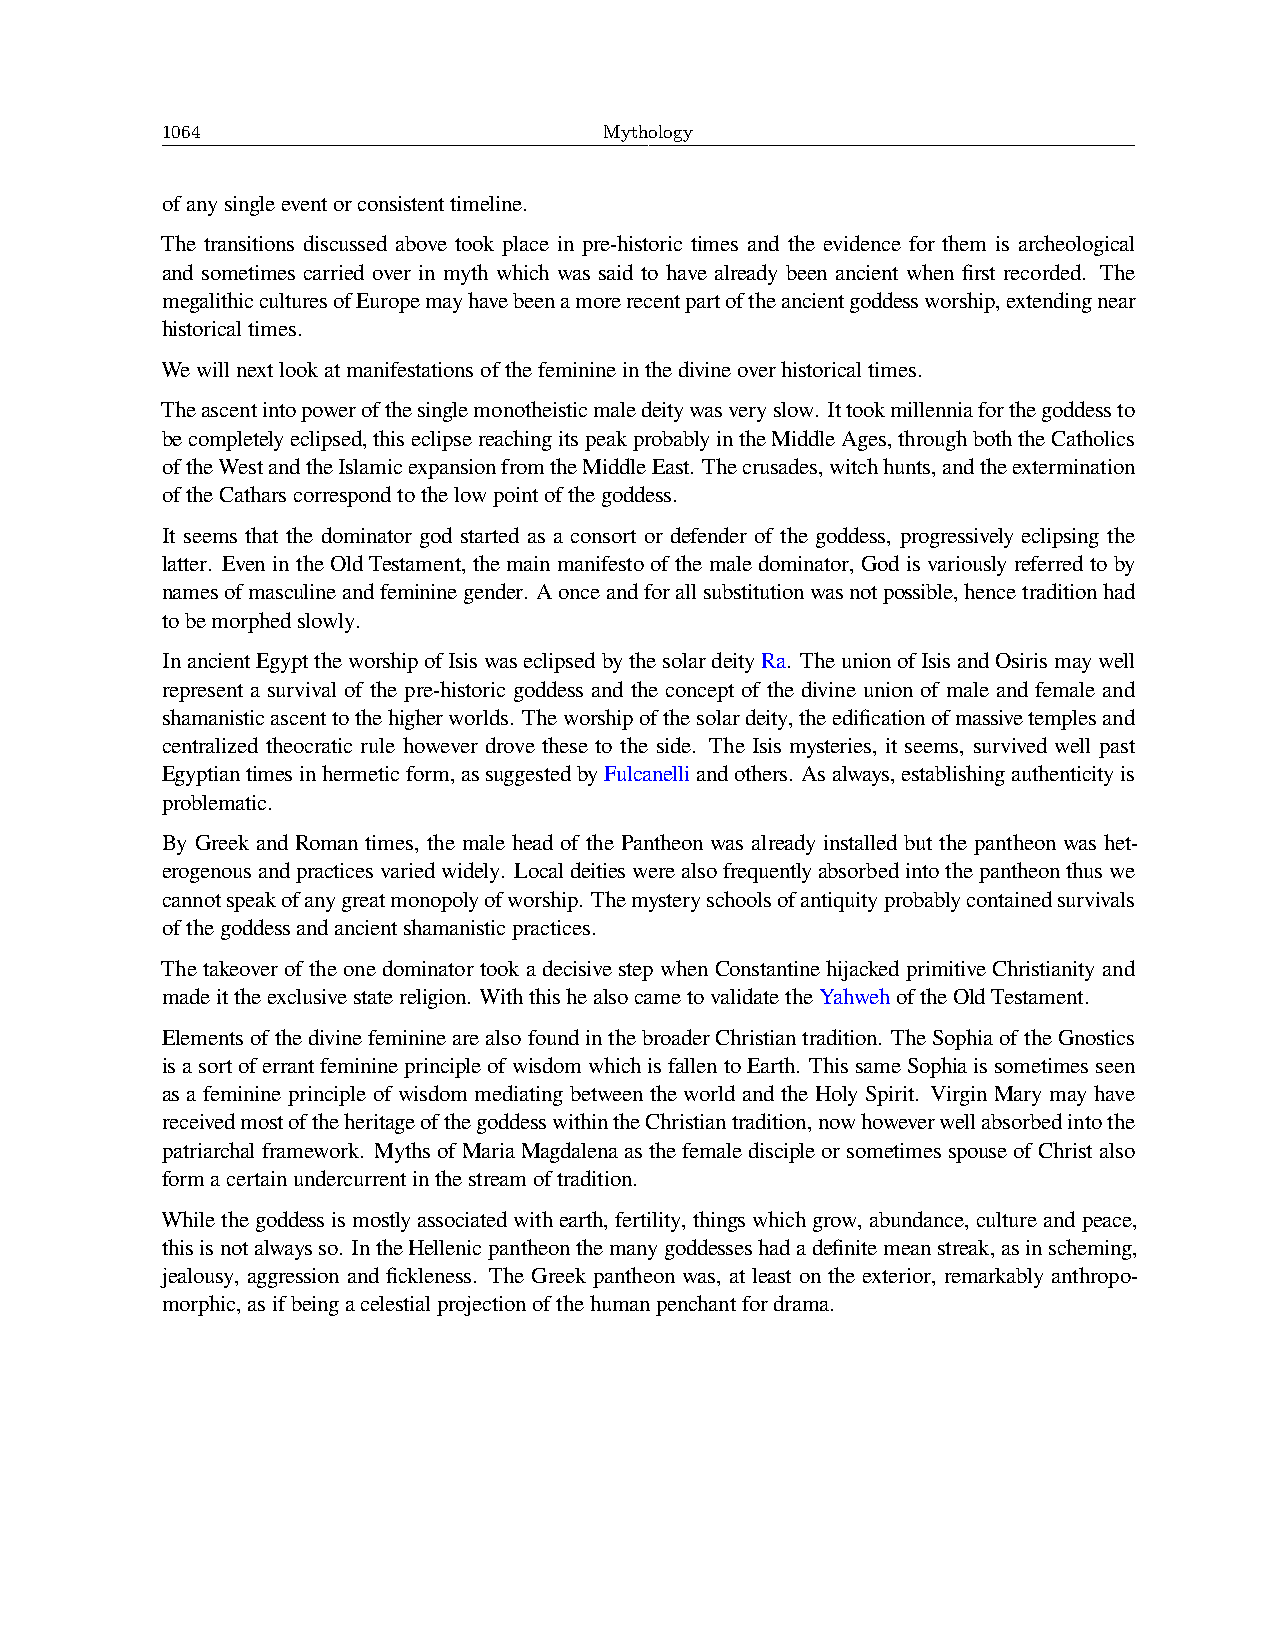
1064                         Mythology
 ofanysingleeventorconsistenttimeline.
 The transitions discussed above took place in pre-historic times and the evidence for them is archeological
 and sometimes carried over in myth which was said to have already been ancient when first recorded. The
 megalithicculturesofEuropemayhavebeenamorerecentpartoftheancientgoddessworship,extendingnear
 historicaltimes.
 Wewillnextlookatmanifestationsofthefeminineinthedivineoverhistoricaltimes.
 Theascentintopowerofthesinglemonotheisticmaledeitywasveryslow. Ittookmillenniaforthegoddessto
 becompletelyeclipsed,thiseclipsereachingitspeakprobablyintheMiddleAges,throughboththeCatholics
 oftheWestandtheIslamicexpansionfromtheMiddleEast. Thecrusades,witchhunts,andtheextermination
 oftheCatharscorrespondtothelowpointofthegoddess.
 It seems that the dominator god started as a consort or defender of the goddess, progressively eclipsing the
 latter. EvenintheOldTestament, themainmanifestoofthemaledominator, Godisvariouslyreferredtoby
 namesofmasculineandfemininegender. Aonceandforallsubstitutionwasnotpossible,hencetraditionhad
 tobemorphedslowly.
 InancientEgypttheworshipofIsiswaseclipsedbythesolardeityRa. TheunionofIsisandOsirismaywell
 represent a survival of the pre-historic goddess and the concept of the divine union of male and female and
 shamanisticascenttothehigherworlds. Theworshipofthesolardeity,theedificationofmassivetemplesand
 centralized theocratic rule however drove these to the side. The Isis mysteries, it seems, survived well past
 Egyptiantimesinhermeticform,assuggestedbyFulcanelliandothers. Asalways,establishingauthenticityis
 problematic.
 By Greek and Roman times, the male head of the Pantheon was already installed but the pantheon was het-
 erogenousandpracticesvariedwidely. Localdeitieswerealsofrequentlyabsorbedintothepantheonthuswe
 cannotspeakofanygreatmonopolyofworship. Themysteryschoolsofantiquityprobablycontainedsurvivals
 ofthegoddessandancientshamanisticpractices.
 The takeover of the one dominator took a decisive step when Constantine hijacked primitive Christianity and
 madeittheexclusivestatereligion. WiththishealsocametovalidatetheYahwehoftheOldTestament.
 ElementsofthedivinefemininearealsofoundinthebroaderChristiantradition. TheSophiaoftheGnostics
 isasortoferrantfeminineprincipleofwisdomwhichisfallentoEarth. ThissameSophiaissometimesseen
 as a feminine principle of wisdom mediating between the world and the Holy Spirit. Virgin Mary may have
 receivedmostoftheheritageofthegoddesswithintheChristiantradition,nowhoweverwellabsorbedintothe
 patriarchalframework. MythsofMariaMagdalenaasthe femalediscipleorsometimesspouse ofChristalso
 formacertainundercurrentinthestreamoftradition.
 Whilethegoddessismostlyassociatedwithearth,fertility,thingswhichgrow,abundance,cultureandpeace,
 thisisnotalwaysso. IntheHellenicpantheonthemanygoddesseshadadefinitemeanstreak,asinscheming,
 jealousy, aggression and fickleness. The Greek pantheon was, at least on the exterior, remarkably anthropo-
 morphic,asifbeingacelestialprojectionofthehumanpenchantfordrama.